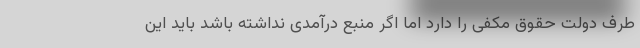
طرف دولت حقوق مکفی را دارد اما اگر منبع درآمدی نداشته باشد باید این